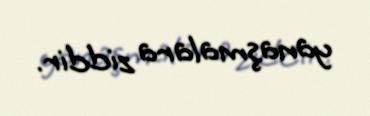
yanaşmalara ziddir.